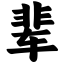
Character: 辈